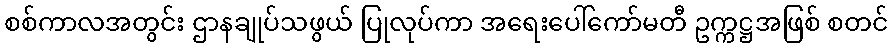
စစ်ကာလအတွင်း ဌာနချုပ်သဖွယ် ပြုလုပ်ကာ အရေးပေါ်ကော်မတီ ဥက္ကဋ္ဌအဖြစ် စတင်